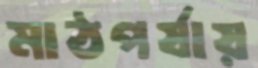
মাঠপর্যায়